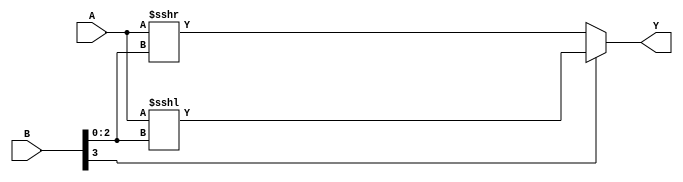
`timescale 1ns / 1ps

/*
    Arithmetic logical shift module. The sign bit of A is preserved. 
    if B[MSB] == 1 then left shift by B[MSB - 1 : 0]
    else right shift. 
*/
module arith_shift
    #(parameter BUS_WIDTH = 8, 
      parameter BUS_WIDTH_BITS = 3)(
        input [BUS_WIDTH - 1 : 0] A, 
        input [BUS_WIDTH_BITS : 0] B, 
        output [BUS_WIDTH - 1 : 0] Y  
    );
    
    localparam MSB = BUS_WIDTH_BITS; 
    
    assign Y = (B[MSB]) ? A <<< B[BUS_WIDTH_BITS - 1 : 0] : A >>> B[BUS_WIDTH_BITS - 1 : 0];
    
endmodule